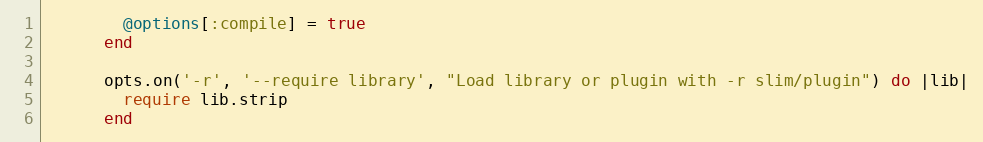
Language: Ruby
        @options[:compile] = true
      end

      opts.on('-r', '--require library', "Load library or plugin with -r slim/plugin") do |lib|
        require lib.strip
      end